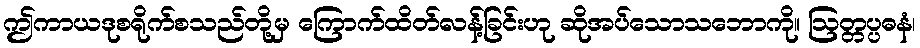
ဤကာယဒုစရိုက်စသည်တို့မှ ကြောက်ထိတ်လန့်ခြင်းဟု ဆိုအပ်သောသဘောကို။ ဩတ္တပ္ပဓနံ၊